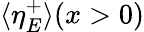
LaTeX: \langle\eta_{E}^{+}\rangle(x>0)